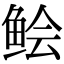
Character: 鲙